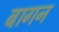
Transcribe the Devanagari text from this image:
बागन